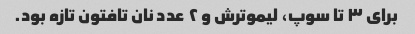
برای ۳ تا سوپ، لیموترش و ۲ عدد نان تافتون تازه بود.